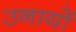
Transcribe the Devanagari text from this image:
उनायों